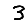
Digit: 3